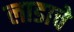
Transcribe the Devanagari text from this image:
लाडाचे